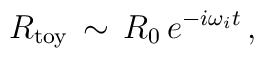
R_{\rm toy}\, \sim  \, R_0\, e^{-i \omega_i t}\,,